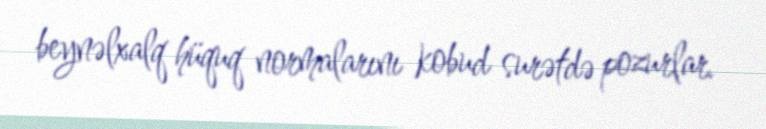
beynəlxalq hüquq normalarını kobud surətdə pozurlar.